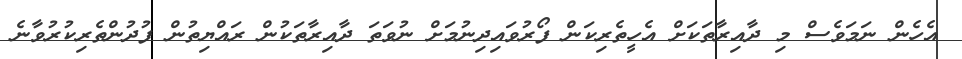
އެހެން ނަމަވެސް މި ދާއިރާތަކަށް އެހީތެރިކަން ފޯރުވައިދިނުމަށް ނުވަތަ ދާއިރާތަކުން ރައްޔިތުން ފުދުންތެރިކުރުވާނެ